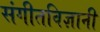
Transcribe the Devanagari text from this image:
संगीतविज्ञानी